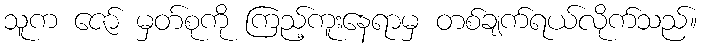
သူက ဇော် မှတ်စုကို ကြည့်ကူးနေရာမှ တစ်ချက်ရယ်လိုက်သည်။